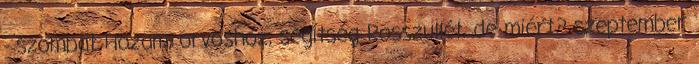
- szombat Hozam, orvoshoz, segítség Rosszullét, de miért? szeptember